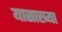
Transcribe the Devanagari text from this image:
यासाख्या